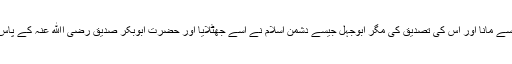
اہل ایمان نے اس واقعے کی سچائی کو دل سے مانا اور اس کی تصدیق کی مگر ابوجہل جیسے دشمن اسلام نے اسے جھٹلایا اور حضرت ابوبکر صدیق رضی اﷲ عنہ کے پاس دوڑتا ہوا پہنچا اور کہنے لگا: اے ابوبکر!